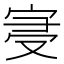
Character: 𡨞